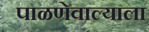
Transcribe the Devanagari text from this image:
पाळणेवाल्याला